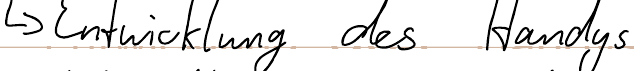
-> Entwicklung des Handys